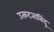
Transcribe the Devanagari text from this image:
उत्कटताबिंदू